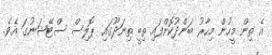
އެ ތިން މީހުން މިހާރު ބަންދުކޮށްފައި ތިބީ ތިނަދޫގައި ޕޮލިސް ސްޓޭޝަނުގަ އެވެ.